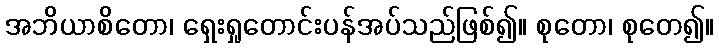
အဘိယာစိတော၊ ရှေးရှုတောင်းပန်အပ်သည်ဖြစ်၍။ စုတော၊ စုတေ၍။